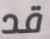
قد